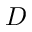
D